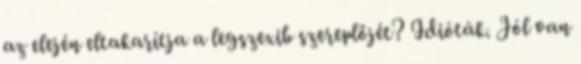
az elején eltakarítja a legszexib szereplőjét? Idióták. Jól van